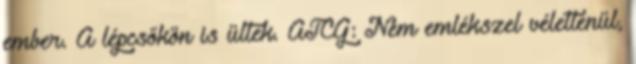
ember. A lépcsőkön is ültek. ATCG: Nem emlékszel véletlenül,